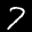
Label: 7